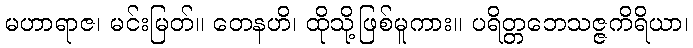
မဟာရာဇ၊ မင်းမြတ်။ တေနဟိ၊ ထိုသို့ဖြစ်မူကား။ ပရိတ္တဘေသဇ္ဇကိရိယာ၊